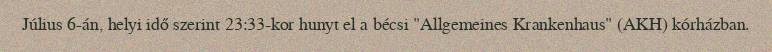
Július 6-án, helyi idő szerint 23:33-kor hunyt el a bécsi "Allgemeines Krankenhaus" (AKH) kórházban.